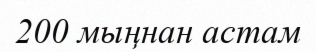
200 мыңнан астам